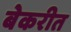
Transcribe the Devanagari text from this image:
बेकरीत